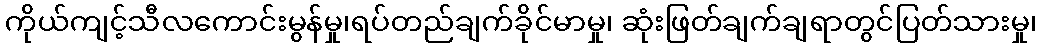
ကိုယ်ကျင့်သီလကောင်းမွန်မှု၊ရပ်တည်ချက်ခိုင်မာမှု၊ ဆုံးဖြတ်ချက်ချရာတွင်ပြတ်သားမှု၊